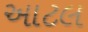
આટલ